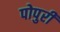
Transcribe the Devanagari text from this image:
पोपुरी